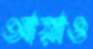
আয়াও